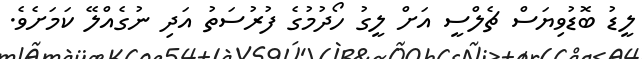
ލީޑު ބޮޑުވިޔަސް ޗެލްސީ އަށް ލީގު ހޯދުމުގެ ފުރުސަތު އަދި ނުގެއްލޭ ކަމަށެވެ.